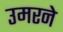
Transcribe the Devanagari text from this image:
उमरने